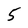
Character: 5